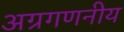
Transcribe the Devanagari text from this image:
अग्रगणनीय